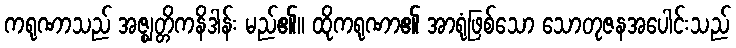
ကရုဏာသည် အဇ္ဈတ္တိကနိဒါန်း မည်၏။ ထိုကရုဏာ၏ အာရုံဖြစ်သော သောတုဇနအပေါင်းသည်